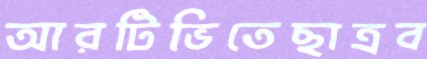
আরটিভিতেছাত্রব